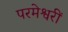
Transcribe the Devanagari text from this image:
परमेश्वरीं